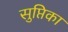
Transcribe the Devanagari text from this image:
सुप्तिका